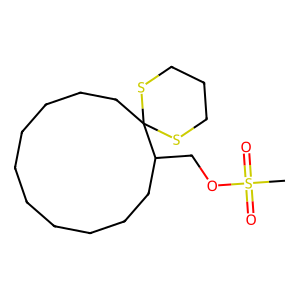
SMILES: CS(=O)(=O)OCC1CCCCCCCCCCC12SCCCS2
Inhibits HIV replication: No